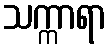
သက္ကာရာ